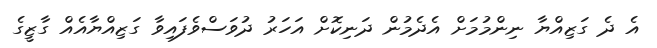
އެ ދެ ގަޒިއްޔާ ނިންމުމަށް އެދެމުން ދަނިކޮށް އަހަރު ދުވަސްވެފައިވާ ގަޒިއްޔާއެއް ގާޒީގެ